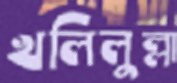
খলিলুল্লা